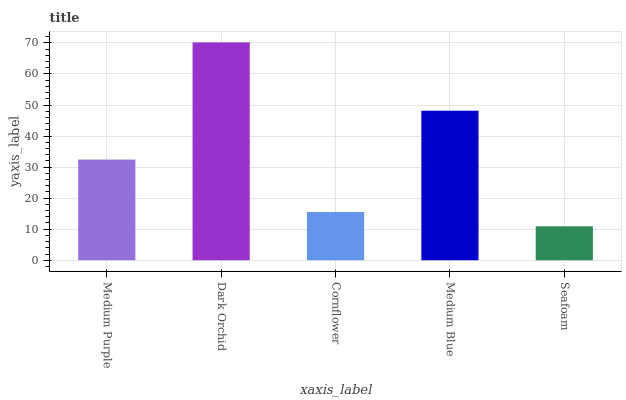
| xaxis_label | bars |
 | --- | --- |
 | Medium Purple | 32.4 |
 | Dark Orchid | 70.2 |
 | Cornflower | 15.5 |
 | Medium Blue | 48.2 |
 | Seafoam | 10.9 |